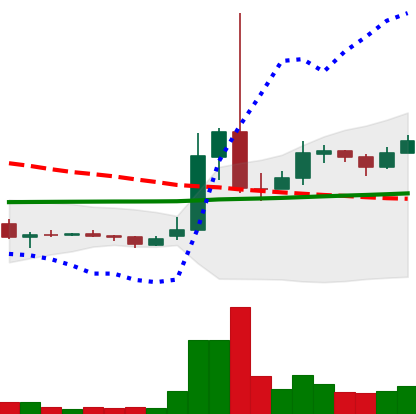
Ticker: XRP-USD
Chart end date: 2021-02-09
Forward return: 25.891%
Label: up_7plus